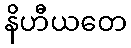
နိဟီယတေ